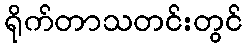
ရိုက်တာသတင်းတွင်